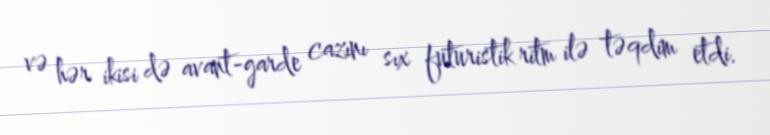
və hər ikisi də avant-garde cazını sıx futuristik ritm ilə təqdim etdi.